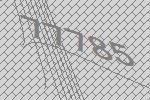
77785